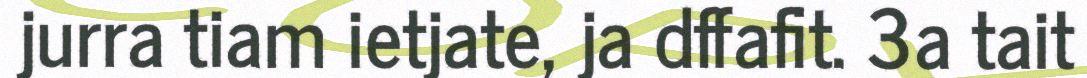
jurra tiam ietjate, ja dffafit. 3a tait